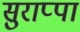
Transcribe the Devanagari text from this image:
सुराप्पा